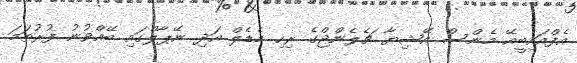
އެފްއައިބީއޭ މެންސް އޭޝިޔާ ޗެލެންޖްގެ ރިހި މެޑެލް އަދި ނޭޕާލްގައި ބޭއްވުނު ފުރުތަމަ